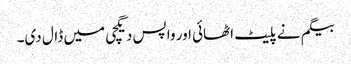
بیگم نے پلیٹ اٹھائی اور واپس دیگچی میں ڈال دی۔